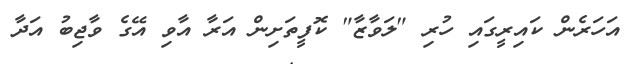
އަހަރެން ކައިރީގައި ހުރި "ލަވާޒާ" ކޮފީތަށިން އަރާ އާވި އޭގެ ވާޖިބު އަދާ